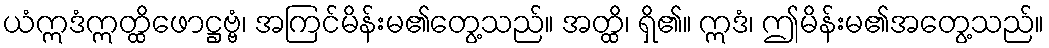
ယံဣဒံဣတ္ထိဖောဋ္ဌဗ္ဗံ၊ အကြင်မိန်းမ၏တွေ့သည်။ အတ္ထိ၊ ရှိ၏။ ဣဒံ၊ ဤမိန်းမ၏အတွေ့သည်။